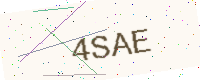
Text: 4SAE